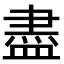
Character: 盡